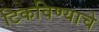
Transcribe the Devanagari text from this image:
टिकविण्याचे